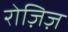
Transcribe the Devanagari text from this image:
रोज़िज़